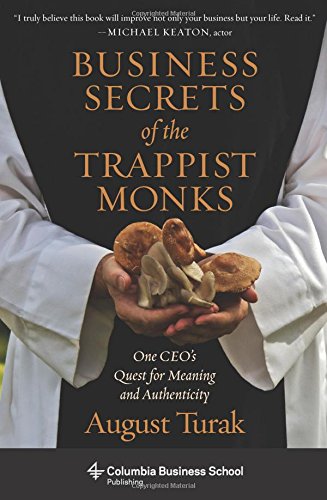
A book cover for Business Secrets of the Trappist Monks: One CEO's Quest for Meaning and Authenticity (Columbia Business School Publishing); August Turak; Business & Money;